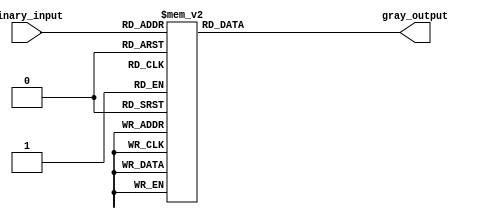
module gray_encoder (
    input [7:0] binary_input,
    output reg [7:0] gray_output
);

always @(*) begin
    case (binary_input)
        8'b00000001: gray_output = 8'b00000000;
        8'b00000011: gray_output = 8'b00000001;
        8'b00000111: gray_output = 8'b00000010;
        8'b00000110: gray_output = 8'b00000011;
        8'b00001110: gray_output = 8'b00000100;
        8'b00001111: gray_output = 8'b00000101;
        8'b00001011: gray_output = 8'b00000110;
        8'b00001010: gray_output = 8'b00000111;
        8'b00011010: gray_output = 8'b00001000;
        8'b00011011: gray_output = 8'b00001001;
        8'b00011111: gray_output = 8'b00001010;
        8'b00011110: gray_output = 8'b00001011;
        8'b00010110: gray_output = 8'b00001100;
        8'b00010111: gray_output = 8'b00001101;
        8'b00010011: gray_output = 8'b00001110;
        8'b00010010: gray_output = 8'b00001111;
        8'b00110010: gray_output = 8'b00010000;
        8'b00110011: gray_output = 8'b00010001;
        8'b00110111: gray_output = 8'b00010010;
        8'b00110110: gray_output = 8'b00010011;
        8'b00111110: gray_output = 8'b00010100;
        8'b00111111: gray_output = 8'b00010101;
        8'b00111011: gray_output = 8'b00010110;
        8'b00111010: gray_output = 8'b00010111;
        8'b00101010: gray_output = 8'b00011000;
        8'b00101011: gray_output = 8'b00011001;
        8'b00101111: gray_output = 8'b00011010;
        8'b00101110: gray_output = 8'b00011011;
        8'b00100110: gray_output = 8'b00011100;
        8'b00100111: gray_output = 8'b00011101;
        8'b00100011: gray_output = 8'b00011110;
        8'b00100010: gray_output = 8'b00011111;
        8'b01100010: gray_output = 8'b00100000;
        8'b01100011: gray_output = 8'b00100001;
        8'b01100111: gray_output = 8'b00100010;
        8'b01100110: gray_output = 8'b00100011;
        8'b01101110: gray_output = 8'b00100100;
        8'b01101111: gray_output = 8'b00100101;
        8'b01101011: gray_output = 8'b00100110;
        8'b01101010: gray_output = 8'b00100111;
        8'b01111010: gray_output = 8'b00101000;
        8'b01111011: gray_output = 8'b00101001;
        8'b01111111: gray_output = 8'b00101010;
        8'b01111110: gray_output = 8'b00101011;
        8'b01110110: gray_output = 8'b00101100;
        8'b01110111: gray_output = 8'b00101101;
        8'b01110011: gray_output = 8'b00101110;
        8'b01110010: gray_output = 8'b00101111;
        8'b01010010: gray_output = 8'b00110000;
        8'b01010011: gray_output = 8'b00110001;
        8'b01010111: gray_output = 8'b00110010;
        8'b01010110: gray_output = 8'b00110011;
        8'b01011110: gray_output = 8'b00110100;
        8'b01011111: gray_output = 8'b00110101;
        8'b01011011: gray_output = 8'b00110110;
        8'b01011010: gray_output = 8'b00110111;
        8'b01001010: gray_output = 8'b00111000;
        8'b01001011: gray_output = 8'b00111001;
        8'b01001111: gray_output = 8'b00111010;
        8'b01001110: gray_output = 8'b00111011;
        8'b01000110: gray_output = 8'b00111100;
        8'b01000111: gray_output = 8'b00111101;
        8'b01000011: gray_output = 8'b00111110;
        8'b01000010: gray_output = 8'b00111111;
        8'b11000010: gray_output = 8'b01000000;
        8'b11000011: gray_output = 8'b01000001;
        8'b11000111: gray_output = 8'b01000010;
        8'b11000110: gray_output = 8'b01000011;
        8'b11001110: gray_output = 8'b01000100;
        8'b11001111: gray_output = 8'b01000101;
        8'b11001011: gray_output = 8'b01000110;
        8'b11001010: gray_output = 8'b01000111;
        8'b11011010: gray_output = 8'b01001000;
        8'b11011011: gray_output = 8'b01001001;
        8'b11011111: gray_output = 8'b01001010;
        8'b11011110: gray_output = 8'b01001011;
        8'b11010110: gray_output = 8'b01001100;
        8'b11010111: gray_output = 8'b01001101;
        8'b11010011: gray_output = 8'b01001110;
        8'b11010010: gray_output = 8'b01001111;
        8'b11110010: gray_output = 8'b01010000;
        8'b11110011: gray_output = 8'b01010001;
        8'b11110111: gray_output = 8'b01010010;
        8'b11110110: gray_output = 8'b01010011;
        8'b11111110: gray_output = 8'b01010100;
        8'b11111111: gray_output = 8'b01010101;
        8'b11111011: gray_output = 8'b01010110;
        8'b11111010: gray_output = 8'b01010111;
        8'b11101010: gray_output = 8'b01011000;
        8'b11101011: gray_output = 8'b01011001;
        8'b11101111: gray_output = 8'b01011010;
        8'b11101110: gray_output = 8'b01011011;
        8'b11100110: gray_output = 8'b01011100;
        8'b11100111: gray_output = 8'b01011101;
        8'b11100011: gray_output = 8'b01011110;
        8'b11100010: gray_output = 8'b01011111;
        8'b10100010: gray_output = 8'b01100000;
        8'b10100011: gray_output = 8'b01100001;
        8'b10100111: gray_output = 8'b01100010;
        8'b10100110: gray_output = 8'b01100011;
        8'b10101110: gray_output = 8'b01100100;
        8'b10101111: gray_output = 8'b01100101;
        8'b10101011: gray_output = 8'b01100110;
        8'b10101010: gray_output = 8'b01100111;
        8'b10111010: gray_output = 8'b01101000;
        8'b10111011: gray_output = 8'b01101001;
        8'b10111111: gray_output = 8'b01101010;
        8'b10111110: gray_output = 8'b01101011;
        8'b10110110: gray_output = 8'b01101100;
        8'b10110111: gray_output = 8'b01101101;
        8'b10110011: gray_output = 8'b01101110;
        8'b10110010: gray_output = 8'b01101111;
        8'b10010010: gray_output = 8'b01110000;
        8'b10010011: gray_output = 8'b01110001;
        8'b10010111: gray_output = 8'b01110010;
        8'b10010110: gray_output = 8'b01110011;
        8'b10011110: gray_output = 8'b01110100;
        8'b10011111: gray_output = 8'b01110101;
        8'b10011011: gray_output = 8'b01110110;
        8'b10011010: gray_output = 8'b01110111;
        8'b10001010: gray_output = 8'b01111000;
        8'b10001011: gray_output = 8'b01111001;
        8'b10001111: gray_output = 8'b01111010;
        8'b10001110: gray_output = 8'b01111011;
        8'b10000110: gray_output = 8'b01111100;
        8'b10000111: gray_output = 8'b01111101;
        8'b10000011: gray_output = 8'b01111110;
        8'b10000010: gray_output = 8'b01111111;
        8'b10000000: gray_output = 8'b10000000;
        default: gray_output = 8'b00000000;
    endcase
end

endmodule